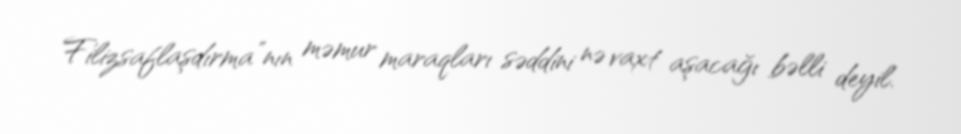
Filizsaflaşdırma”nın məmur maraqları səddini nə vaxt aşacağı bəlli deyil.